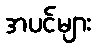
အပင်များ